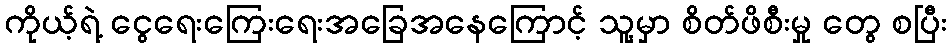
ကိုယ့်ရဲ့ ငွေရေးကြေးရေးအခြေအနေကြောင့် သူ့မှာ စိတ်ဖိစီးမှု တွေ စပြီး